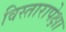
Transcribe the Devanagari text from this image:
विस्तारापेक्षा